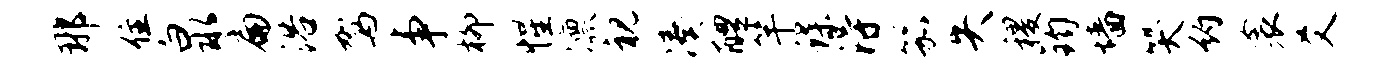
那住泉扁浴驾事柳惺凛视凑醴竿蝶得笳失稷钧墙哭约衾爻